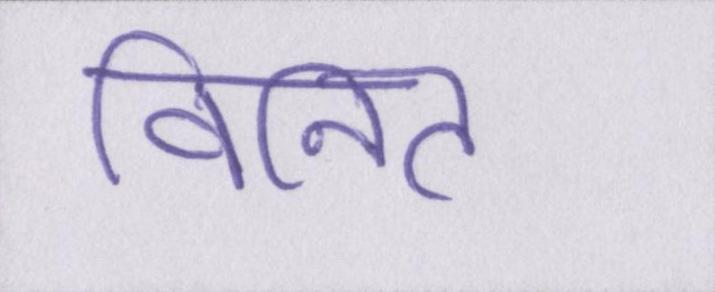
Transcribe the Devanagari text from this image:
विनित